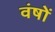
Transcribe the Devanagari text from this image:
वंषों